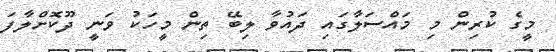
މީގެ ކުރިން މި މައްސަލާގައި ދައުވާ ލިބޭ ތިން މީހަކު ވަނީ ދޫކޮށްލާފަ